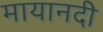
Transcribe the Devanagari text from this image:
मायानदी